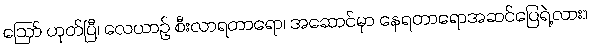
ဪ ဟုတ်ပြီ၊ လေယာဉ် စီးလာရတာရော၊ အဆောင်မှာ နေရတာရောအဆင်ပြေရဲ့လား။